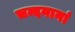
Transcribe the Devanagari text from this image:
चन्दनानां